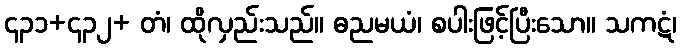
၄၃၁+၄၃၂+ တံ၊ ထိုလှည်းသည်။ ဓညမယံ၊ စပါးဖြင့်ပြီးသော။ သကဋံ၊